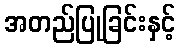
အတည်ပြုခြင်းနှင့်